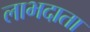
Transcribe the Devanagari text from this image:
लाभदाता